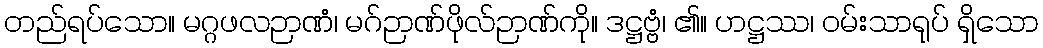
တည်ရပ်သော။ မဂ္ဂဖလဉာဏံ၊ မဂ်ဉာဏ်ဖိုလ်ဉာဏ်ကို။ ဒဋ္ဌဗ္ဗံ၊ ၏။ ဟဋ္ဌဿ၊ ဝမ်းသာရုပ် ရှိသော